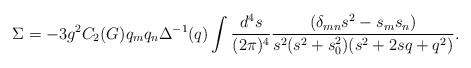
\begin{align*}\Sigma = -3g^2 C_2(G) q_m q_n \Delta^{-1}(q) \int \frac{d^4s}{(2\pi)^4}\frac{(\delta_{mn} s^2 -s_m s_n)}{s^2(s^2+s_0^2)(s^2+2sq+q^2)}.\end{align*}